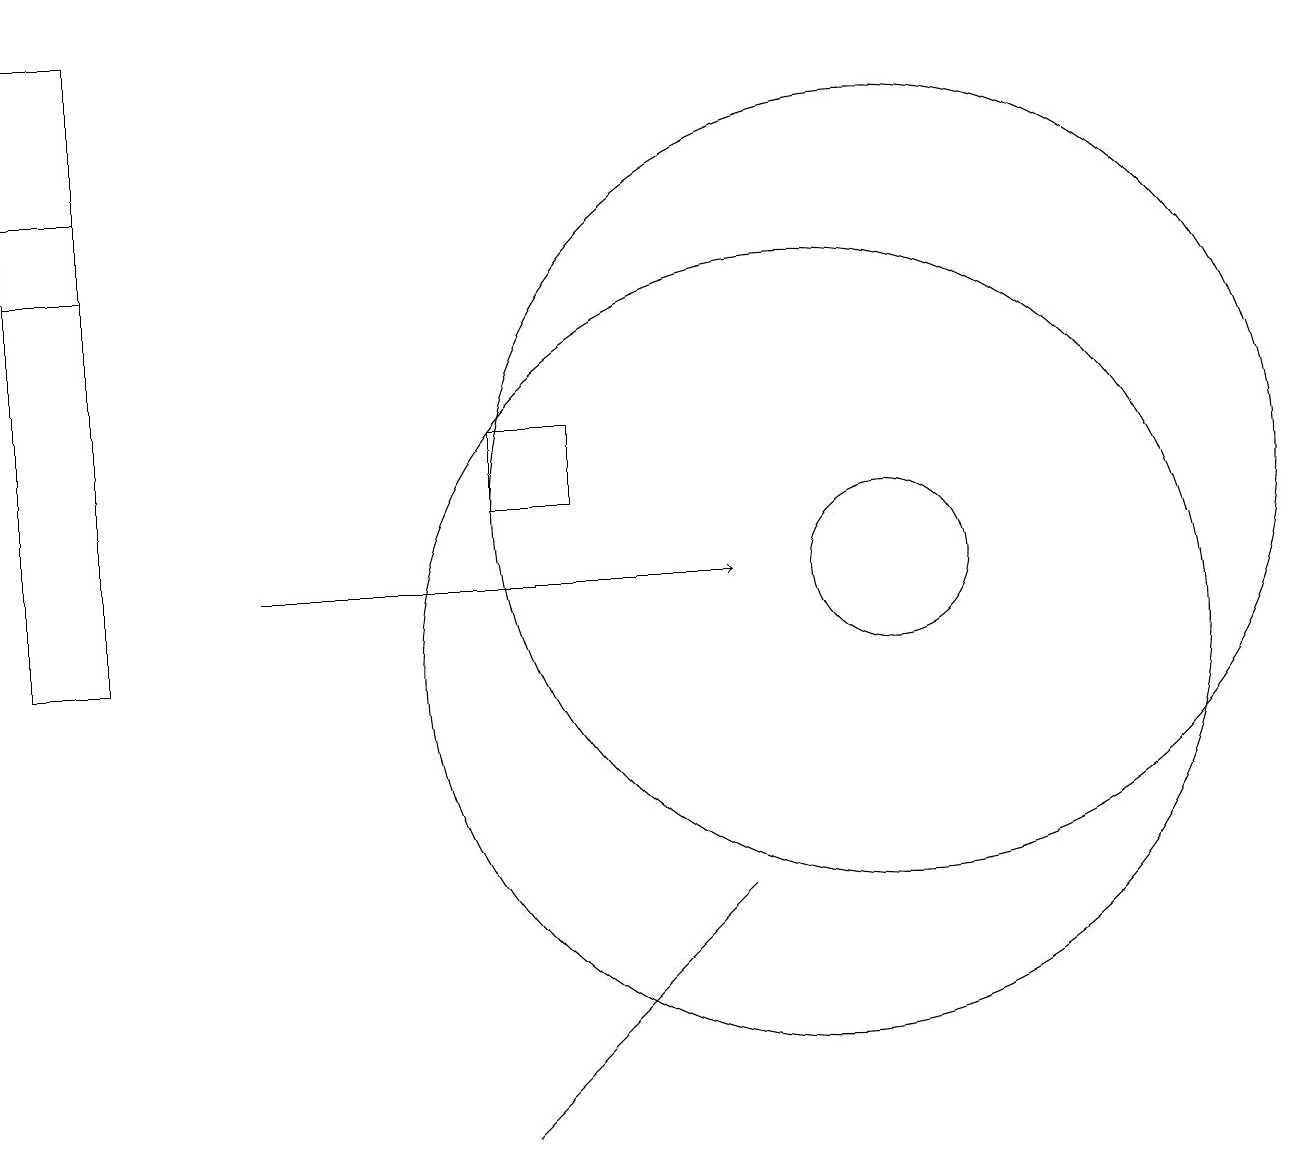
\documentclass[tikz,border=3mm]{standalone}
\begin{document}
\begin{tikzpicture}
\draw (6,4) -- (9,7) -- (8,6) -- cycle;
\draw[->] (3,11) -- (9,11);
\draw (11,11) circle (1);
\draw (10,10) circle (5);
\draw (11,12) circle (5);
\draw (6,12) rectangle (7,13);
\draw (1,15) rectangle (0,18);
\draw (0,10) rectangle (1,16);
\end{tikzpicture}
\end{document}